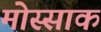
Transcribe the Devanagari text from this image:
मोस्साक